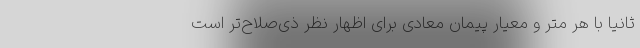
ثانیا با هر متر و معیار پیمان معادی برای اظهار نظر ذی‌صلاح‌تر است